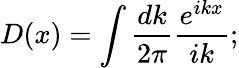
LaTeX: D(x)=\int\frac{dk}{2\pi}\frac{e^{ikx}}{ik};